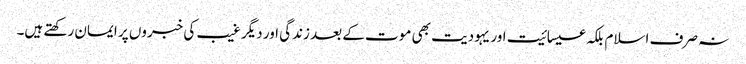
نہ صرف اسلام بلکہ عیسائیت اور یہودیت بھی موت کے بعد زندگی اور دیگر غیب کی خبروں پر ایمان رکھتے ہیں۔